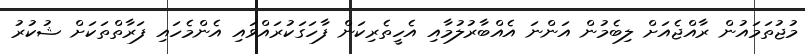
މުޖުތަމައުން ރާއްޖެއަށް ލިބެމުން އަންނަ އެއްބާރުލުމާއި އެހީތެރިކަން ފާހަގަކުރައްވައި އެންމެހައި ފަރާތްތަކަށް ޝުކުރު